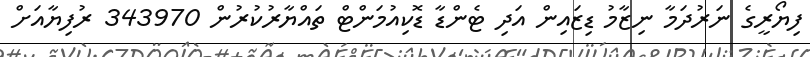
ފިޔޯރީގެ ނަރުދަމާ ނިޒާމު ޑިޒައިން އަދި ޓެންޑާ ޑޮކިއުމަންޓް ތައްޔާރުކުރުން 343970 ރުފިޔާއަށް